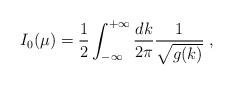
LaTeX: \begin{align*}I_0(\mu)={1\over 2} \int_{-\infty}^{+\infty} \frac {dk} {2 \pi} \frac {1}{\sqrt{g(k)}} \; ,\end{align*}